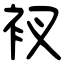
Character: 衩